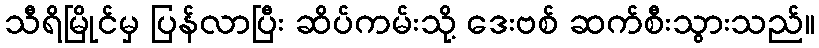
သီရိမြိုင်မှ ပြန်လာပြီး ဆိပ်ကမ်းသို့ ဒေးဗစ် ဆက်စီးသွားသည်။